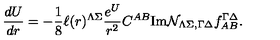
{ \frac { d U } { d r } } = - { \frac { 1 } { 8 } } \ell ( r ) ^ { \Lambda \Sigma } { \frac { e ^ { U } } { r ^ { 2 } } } C ^ { A B } \mathrm { I m } { \cal N } _ { \Lambda \Sigma , \Gamma \Delta } f _ { A B } ^ { \Gamma \Delta } .